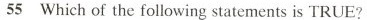
55 Which of the following statements is TRUE?